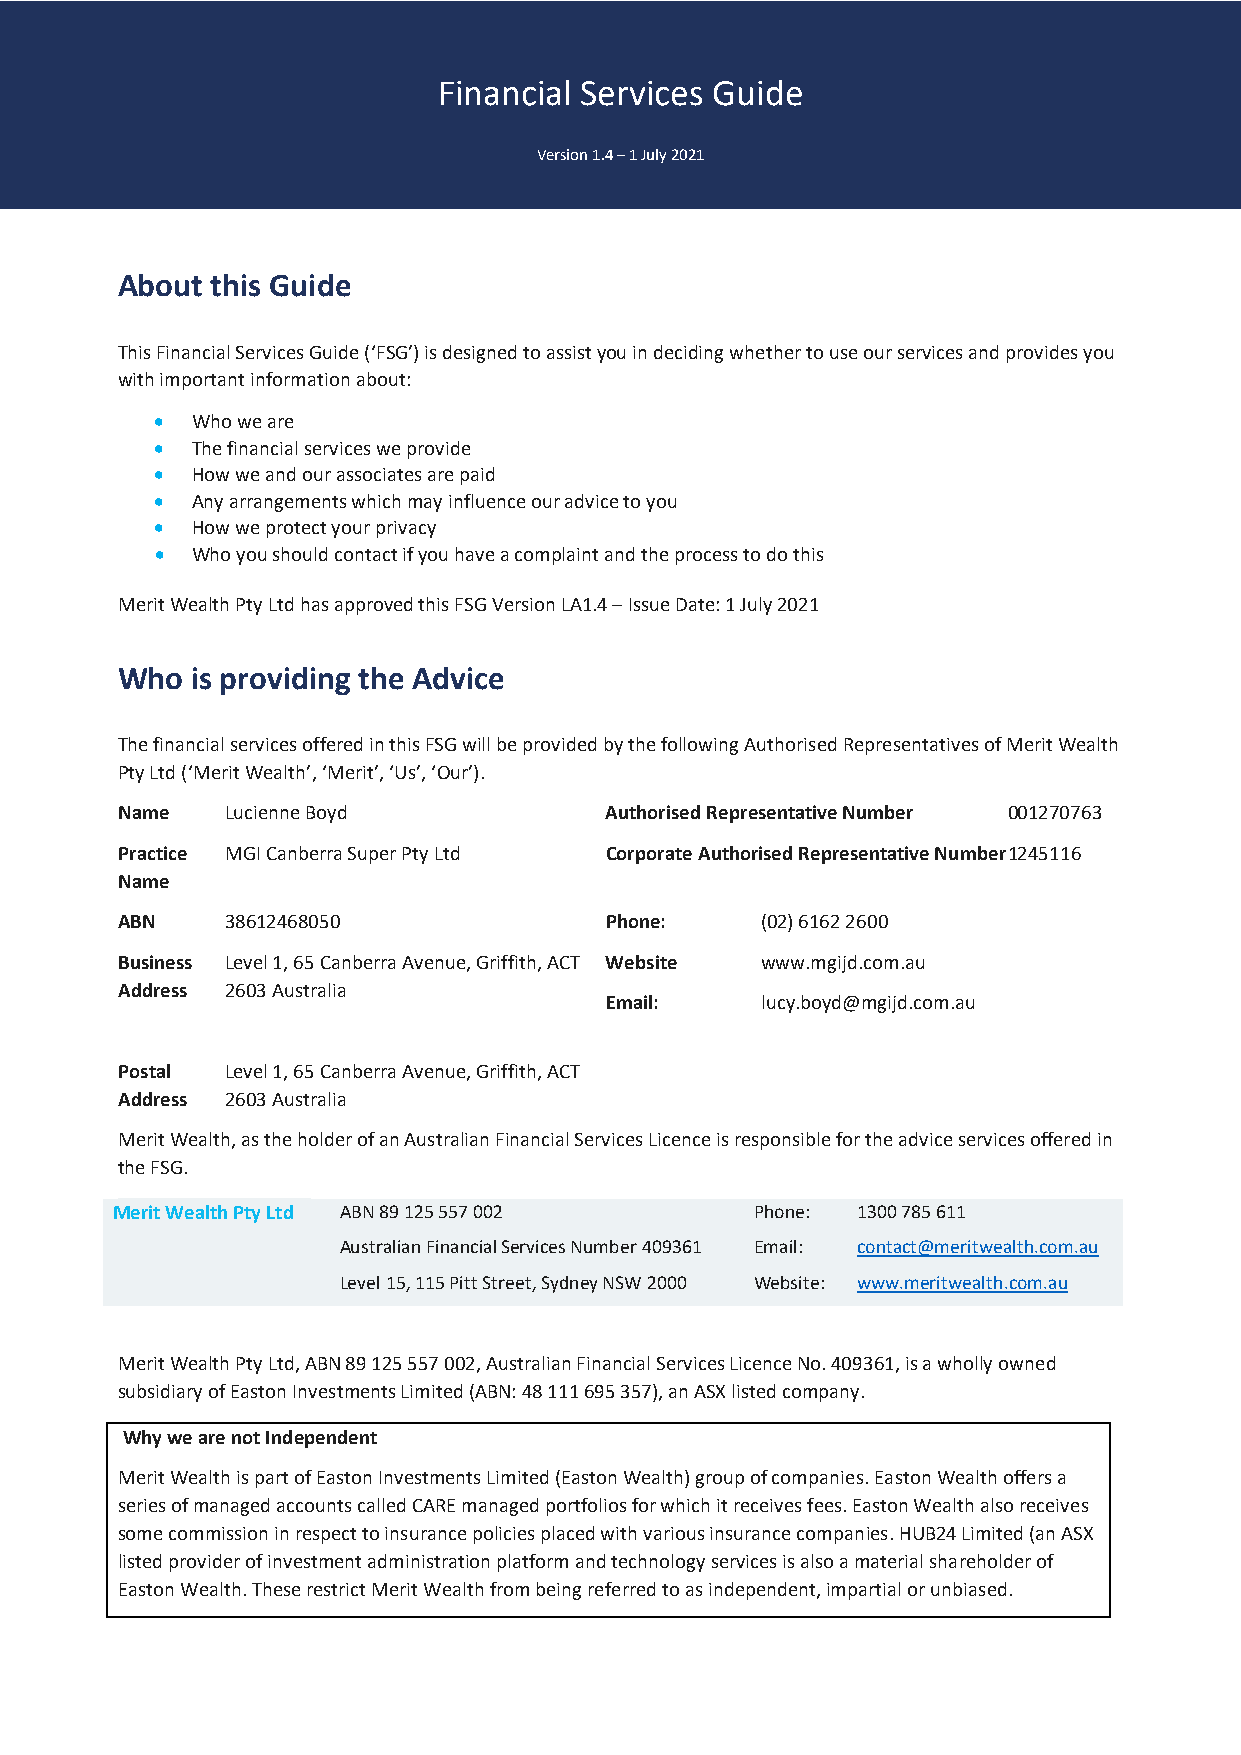
Financial Services Guide
 Version 1.4 – 1 July 2021
 About this Guide
 This Financial Services Guide (‘FSG’) is designed to assist you in deciding whether to use our services and provides you
 with important information about:
   Who we are
   The financial services we provide
   How we and our associates are paid
   Any arrangements which may influence our advice to you
   How we protect your privacy
   Who you should contact if you have a complaint and the process to do this
 Merit Wealth Pty Ltd has approved this FSG Version LA1.4 – Issue Date: 1 July 2021
 Who  is providing the Advice
 The financial services offered in this FSG will be provided by the following Authorised Representatives of Merit Wealth
 Pty Ltd (‘Merit Wealth’, ‘Merit’, ‘Us’, ‘Our’).
 Name   Lucienne Boyd            Authorised Representative Number 001270763
 Practice MGI Canberra Super Pty Ltd Corporate Authorised Representative Number 1245116
 Name
 ABN    38612468050              Phone:    (02) 6162 2600
 Business Level 1, 65 Canberra Avenue, Griffith, ACT Website www.mgijd.com.au
 Address 2603 Australia
 Email:    lucy.boyd@mgijd.com.au
 Postal Level 1, 65 Canberra Avenue, Griffith, ACT
 Address 2603 Australia
 Merit Wealth, as the holder of an Australian Financial Services Licence is responsible for the advice services offered in
 the FSG.
 Merit Wealth Pty Ltd ABN 89 125 557 002    Phone: 1300 785 611
 Australian Financial Services Number 409361 Email: contact@meritwealth.com.au
 Level 15, 115 Pitt Street, Sydney NSW 2000 Website: www.meritwealth.com.au
 Merit Wealth Pty Ltd, ABN 89 125 557 002, Australian Financial Services Licence No. 409361, is a wholly owned
 subsidiary of Easton Investments Limited (ABN: 48 111 695 357), an ASX listed company.
 Why we are not Independent
 Merit Wealth is part of Easton Investments Limited (Easton Wealth) group of companies. Easton Wealth offers a
 series of managed accounts called CARE managed portfolios for which it receives fees. Easton Wealth also receives
 some commission in respect to insurance policies placed with various insurance companies. HUB24 Limited (an ASX
 listed provider of investment administration platform and technology services is also a material shareholder of
 Easton Wealth. These restrict Merit Wealth from being referred to as independent, impartial or unbiased.